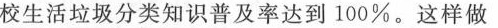
校生活垃圾分类知识普及率达到100%。这样做.